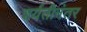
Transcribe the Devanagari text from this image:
शर्यतीनंतर